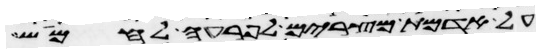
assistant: על אדמת מצרים לפרעה לחמוש